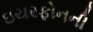
ઇયરફોનની